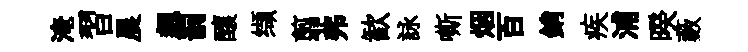
淹習晨飆罰釀缬翦弗歓詠嘶烟百銷疾浦暌藪